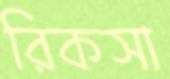
রিকসা